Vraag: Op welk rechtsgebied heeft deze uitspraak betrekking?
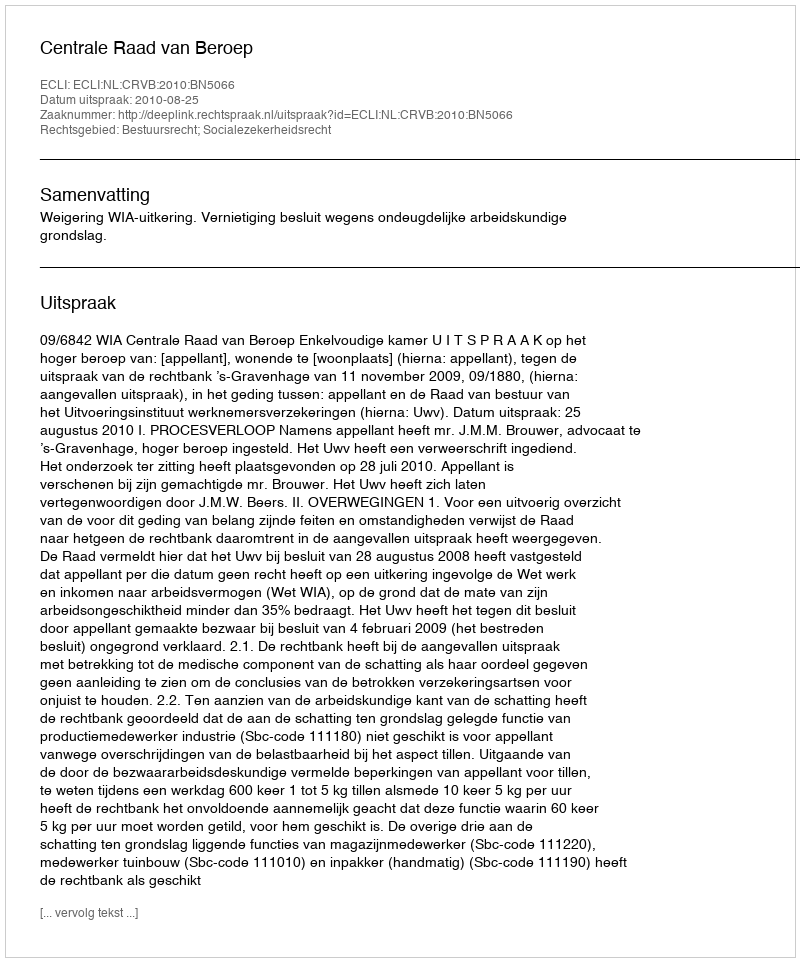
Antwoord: Bestuursrecht; Socialezekerheidsrecht